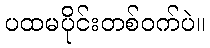
ပထမပိုင်းတစ်ဝက်ပဲ။